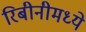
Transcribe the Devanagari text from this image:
रिबीनीमध्ये